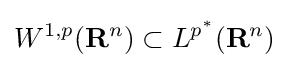
W^{1,p}(\mathbf {R} ^{n})\subset L^{p^{*}}(\mathbf {R} ^{n})